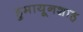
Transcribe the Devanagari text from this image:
हुमायूनशाह